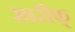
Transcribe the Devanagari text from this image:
खरीफ्